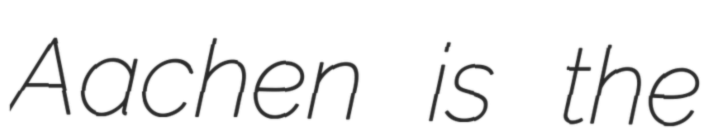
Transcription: Aachen is the